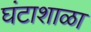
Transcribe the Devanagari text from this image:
घंटाशाळा